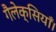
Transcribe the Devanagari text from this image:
गैलेक्सियाँ।